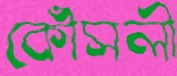
কৌঁসলী